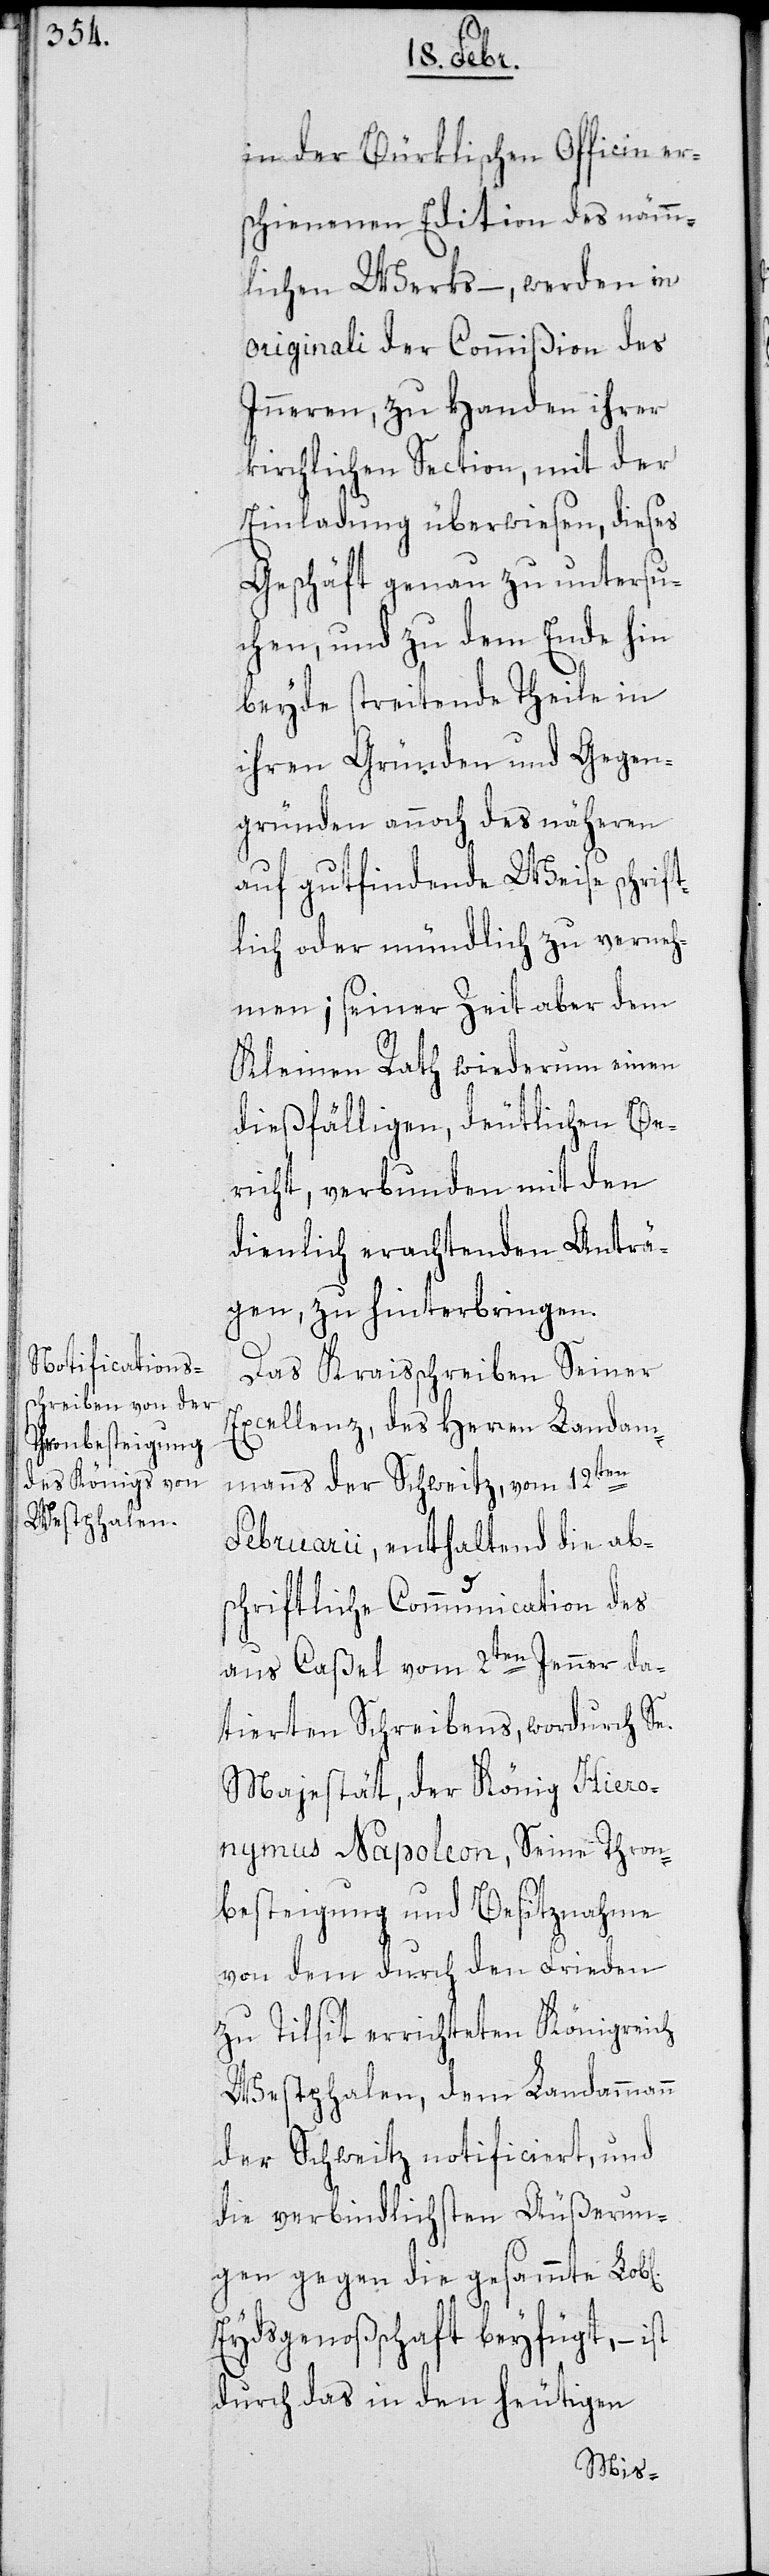
iche]

in der Bürklischen Officin er¬
schienen Edition des nämm¬
lichen Werks, – werden in
Originali der Commißion des
Inneren, zu Handen ihrer
kirchlichen Section, mit der
Einladung überwiesen, dieses
Geschäft genau zu untersu¬
chen, und zu dem Ende hin
beyde streitende Theile in
ihren Gründen und Gegen¬
gründen annoch des näheren
auf gutfindende Weise schrift¬
lich oder mündlich zu verneh¬
men; seiner Zeit aber dem
Kleinen Rath wiederum einen
dießfälligen, deutlichen Be¬
richt, verbunden mit den
dienlich erachtenden Anträ¬
gen, zu hinterbringen.
Das Kraisschreiben Seiner
Excellenz, des Herren Landam¬
manns der Schweitz vom 12ten
Februarii, enthaltend die ab¬
schriftliche Communication des
aus Caßel vom 2ten Jenner da¬
tierten Schreibens, wodurch Se.
Majestät, der König Hiero¬
nymus Napoleon, Seine Thron¬
besteigung und Besitznahme
von dem durch den Frieden
zu Tilsit errichteten Königreich
Westphalen, dem Landammann
der Schweitz notificiert, und
die verbindlichsten Äußerun¬
gen gegen die gesammte Lob[l¬
Eydsgenoßenschaft beyfügt, – ist
durch das in den heutigen